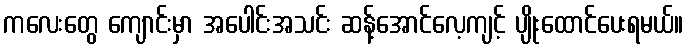
ကလေးတွေ ကျောင်းမှာ အပေါင်းအသင်း ဆန့်အောင်လေ့ကျင့် ပျိုးထောင်ပေးရမယ်။